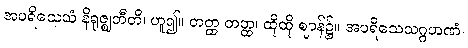
အပရိသေသံ နိရုဇ္ဈတီတိ၊ ဟူ၍။ တတ္ထ တတ္ထ၊ ထိုထို ဈာန်၌။ အပရိသေသဂ္ဂဟဏံ၊